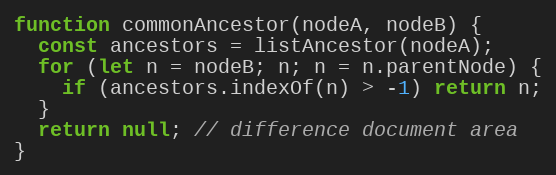
Language: JavaScript
function commonAncestor(nodeA, nodeB) {
  const ancestors = listAncestor(nodeA);
  for (let n = nodeB; n; n = n.parentNode) {
    if (ancestors.indexOf(n) > -1) return n;
  }
  return null; // difference document area
}